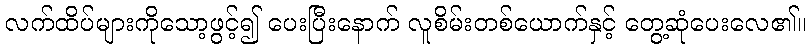
လက်ထိပ်များကိုသော့ဖွင့်၍ ပေးပြီးနောက် လူစိမ်းတစ်ယောက်နှင့် တွေ့ဆုံပေးလေ၏။